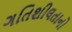
ગતિશીલતાનો